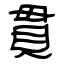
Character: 貫